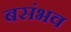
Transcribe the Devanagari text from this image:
बसंभव